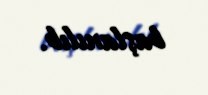
başlanılıb.